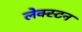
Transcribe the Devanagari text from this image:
लेक्स्टन